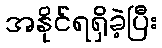
အနိုင်ရရှိခဲ့ပြီး